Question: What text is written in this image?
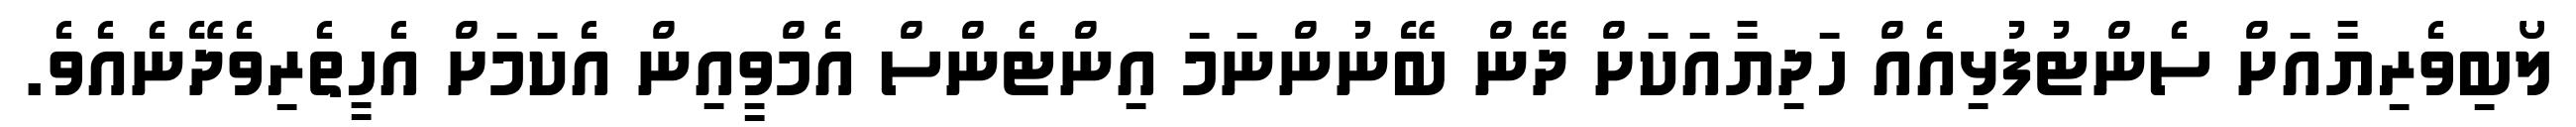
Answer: ލޯބިވެރިޔާއަށް ސެންޓުފުޅިއެއް ހަދިޔާއަކަށް ދޭން ބޭނުންނަމަ އިންޓެންސް އެމްވީއިން އެކަމަށް އެހީތެރިވެދޭނެއެވެ.